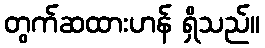
တွက်ဆထားဟန် ရှိသည်။